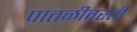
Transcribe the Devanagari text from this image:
पातळीवरती